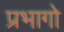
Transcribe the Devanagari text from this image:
प्रभागो